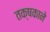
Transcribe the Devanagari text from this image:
तक्षकाने